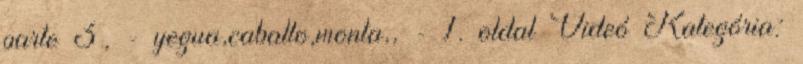
parte 3, - yegua,caballo,monta,, - 1. oldal Videó Kategória: